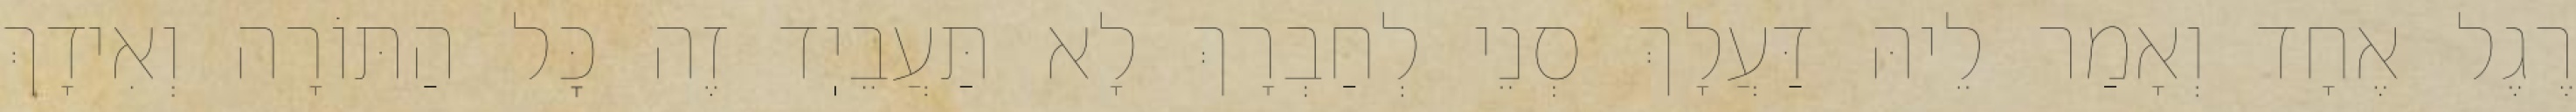
רֶגֶל אֶחָד וְאָמַר לֵיהּ דַּעֲלָךְ סְנֵי לְחַבְרָךְ לָא תַּעֲבֵיֽד זֶה כׇּל הַתּוֹרָה וְאִידָךְ